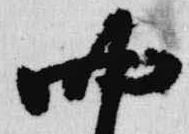
四